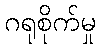
ဂရုစိုက်မှု